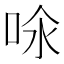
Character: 𠲈